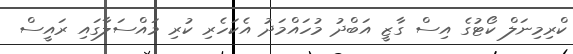
ކްރިމިނަލް ކޯޓުގެ އިސް ގާޒީ އަބްދު މުހައްމަދު އެކަހެރި ކުރި މައްސަލާގައި ރައީސް